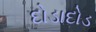
દોડાદોડ